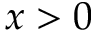
x > 0